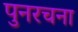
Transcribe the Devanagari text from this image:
पुनरचना